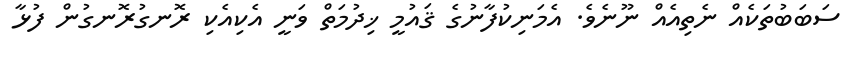
ސަބަބުތަކެއް ނެތިއެއް ނޫނެވެ. އެމަނިކުފާނުގެ ޤައުމީ ޚިދުމަތް ވަނީ އެކިއެކި ރޮނގުރޮނގުން ފުޅާ